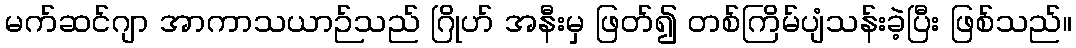
မက်ဆင်ဂျာ အာကာသယာဉ်သည် ဂြိုဟ် အနီးမှ ဖြတ်၍ တစ်ကြိမ်ပျံသန်းခဲ့ပြီး ဖြစ်သည်။